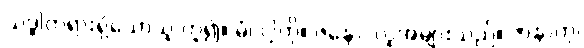
သဒ္ဓါတရားရှိသောသူ ဟူ၍။ မံ၊ ငါ့ကို။ ဇနော၊ လူအများသည်။ ဇာနာတု၊